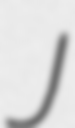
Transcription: J